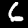
Label: 6